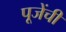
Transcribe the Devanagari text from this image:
पूजेंची